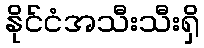
နိုင်ငံအသီးသီးရှိ